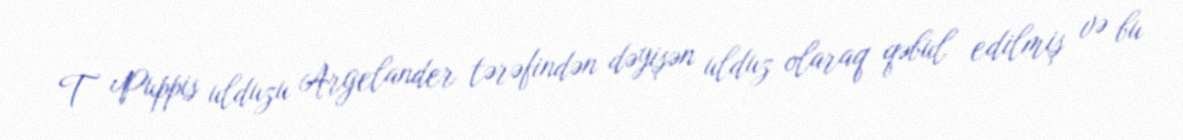
T Puppis ulduzu Argelander tərəfindən dəyişən ulduz olaraq qəbul edilmiş və bu